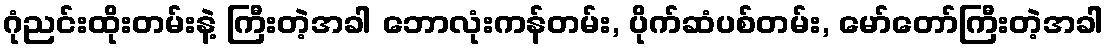
ဂုံညင်းထိုးတမ်းနဲ့ ကြီးတဲ့အခါ ဘောလုံးကန်တမ်း, ပိုက်ဆံပစ်တမ်း, မော်တော်ကြီးတဲ့အခါ